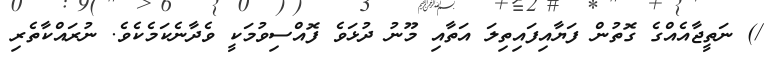
/) ނަތީޖާއެއްގެ ގޮތުން ފަޔާއިފައިތިލަ އަތާއި މޫނު ދުޅަވެ ފޮއްސިވުމަކީ ވެދާނެކަމެކެވެ. ނުރައްކާތެރި